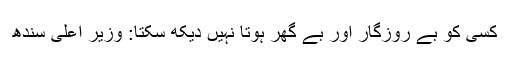
کسی کو بے روزگار اور بے گھر ہوتا نہیں دیکھ سکتا: وزیرِ اعلیٰ سندھ